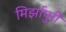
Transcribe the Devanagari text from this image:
मिर्झापुरी